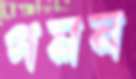
গমন